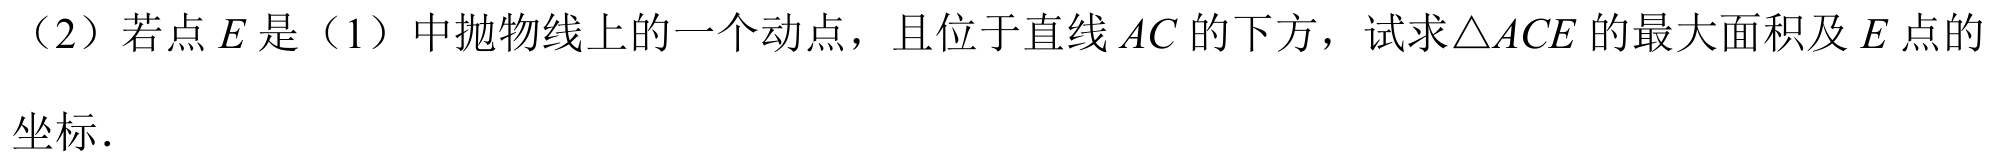
（2）若点\(E\)是（1）中抛物线上的一个动点，且位于直线\(AC\)的下方，试求\(\triangle ACE\)的最大面积及\(E\)点的坐标.